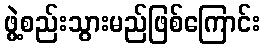
ဖွဲ့စည်းသွားမည်ဖြစ်ကြောင်း